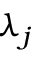
\lambda _ { j }